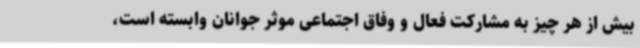
بیش از هر چیز به مشارکت فعال و وفاق اجتماعی موثر جوانان وابسته است،